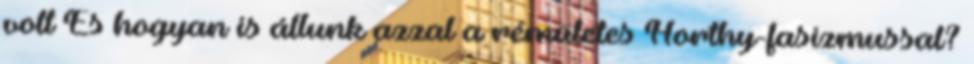
volt És hogyan is állunk azzal a rémületes Horthy-fasizmussal?